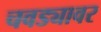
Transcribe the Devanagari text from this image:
चवड्यावर